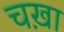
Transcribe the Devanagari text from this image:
चख़ा